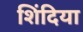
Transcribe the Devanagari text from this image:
शिंदिया